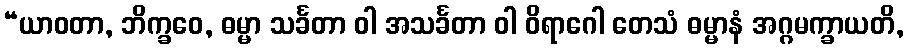
“ယာဝတာ, ဘိက္ခဝေ, ဓမ္မာ သင်္ခတာ ဝါ အသင်္ခတာ ဝါ ဝိရာဂေါ တေသံ ဓမ္မာနံ အဂ္ဂမက္ခာယတိ,